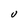
Character: U